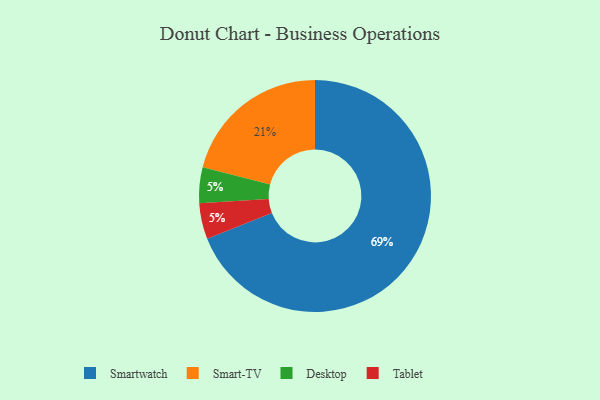
{"axis": {"x": "Category", "y": "Percentage"}, "legend": ["Desktop", "Smart-TV", "Smartwatch", "Tablet"], "data": [{"x": "Smart-TV", "y": 21, "type": "Smart-TV"}, {"x": "Desktop", "y": 5, "type": "Desktop"}, {"x": "Tablet", "y": 5, "type": "Tablet"}, {"x": "Smartwatch", "y": 69, "type": "Smartwatch"}]}